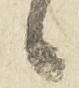
候